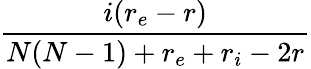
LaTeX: \frac{i(r_{e}-r)}{N(N-1)+r_{e}+r_{i}-2r}